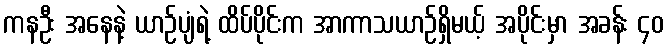
ကနဦး အနေနဲ့ ယာဉ်ပျံရဲ့ ထိပ်ပိုင်းက အာကာသယာဉ်ရှိမယ့် အပိုင်းမှာ အခန်း ၄၀